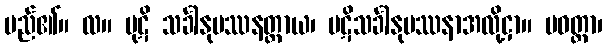
မည်၏။ လ။ ပုဋိ သင်္ခါနုပဿနတ္ထာယ၊ ပဋိသင်္ခါနုပဿနာအလို့ငှာ။ ပဝတ္တာ၊